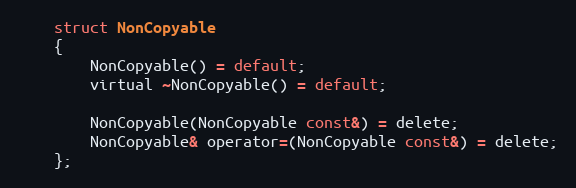
Language: C
    struct NonCopyable
    {
        NonCopyable() = default;
        virtual ~NonCopyable() = default;

        NonCopyable(NonCopyable const&) = delete;
        NonCopyable& operator=(NonCopyable const&) = delete;
    };